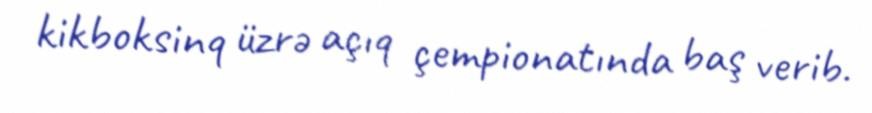
kikboksinq üzrə açıq çempionatında baş verib.